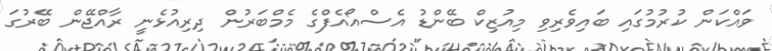
ވައްކަން ކުރުމުގައި ބައިވެރިވި މިއުޒިކް ބޭންޑު އެސްއޯއެފްގެ މެމްބަރުން ދިރިއުޅެނީ ރާއްޖޭން ބޭރުގަ